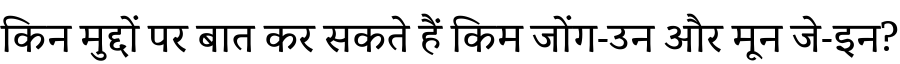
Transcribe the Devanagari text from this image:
किन मुद्दों पर बात कर सकते हैं किम जोंग-उन और मून जे-इन?